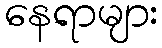
နေရာများ